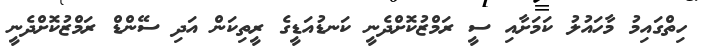
ހިތްގައިމު މާހައުލު ކަމަށާއި ސީ ރަމްޒުކޮށްދެނީ ކަނޑުއަޑީގެ ރީތިކަން އަދި ސޭންޑް ރަމްޒުކޮށްދެނީ